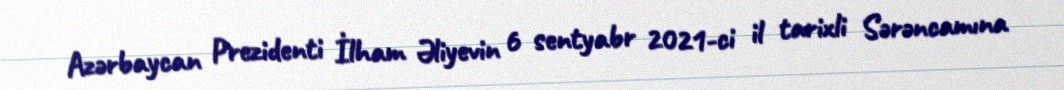
Azərbaycan Prezidenti İlham Əliyevin 6 sentyabr 2021-ci il tarixli Sərəncamına